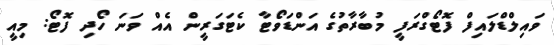
ވައިލްޑްލައިފް ފޮޓޯގްރަފީ މުބާރާތުގެ އަންޑަވޯޓާ ކެޓަގަރީން އެއް ވަނަ ހޯދި ފޮޓޯ: މިއީ